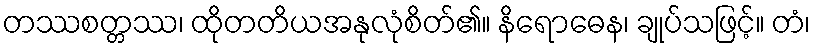
တဿစတ္တဿ၊ ထိုတတိယအနုလုံစိတ်၏။ နိရောဓေန၊ ချုပ်သဖြင့်။ တံ၊